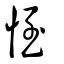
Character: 恎